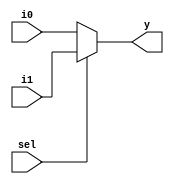
`timescale 1ns / 1ps
//////////////////////////////////////////////////////////////////////////////////
// Company: 
// Engineer: 
// 
// Design Name: 
// Module Name:    mux 
// Project Name: 
// Target Devices: 
// Tool versions: 
// Description: 
//
// Dependencies: 
//
// Revision: 
// Revision 0.01 - File Created
// Additional Comments: 
//
//////////////////////////////////////////////////////////////////////////////////
module mux(i0,i1,sel,y);
input i0,i1,sel;
output y;
reg y;
always @(sel)
begin
if(sel==0)
y=i0;
else
y=i1;
end
endmodule